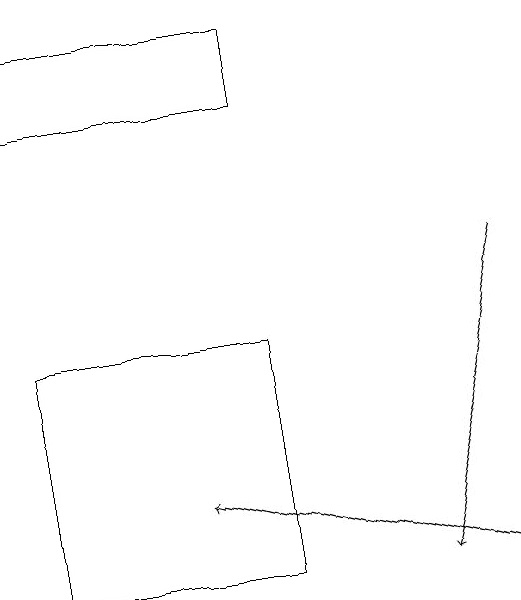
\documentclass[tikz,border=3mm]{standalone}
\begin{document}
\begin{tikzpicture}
\draw[->] (6,16) -- (5,12);
\draw (3,12) rectangle (0,15);
\draw[->] (6,12) -- (2,13);
\draw (0,18) rectangle (3,19);
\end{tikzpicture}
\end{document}